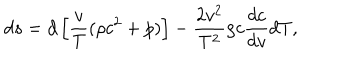
LaTeX: d s = d \left[ { \frac { v } { T } } ( \rho c ^ { 2 } + p ) \right] - { \frac { 2 v ^ { 2 } } { T ^ { 2 } } } \rho c { \frac { d c } { d v } } d T ,